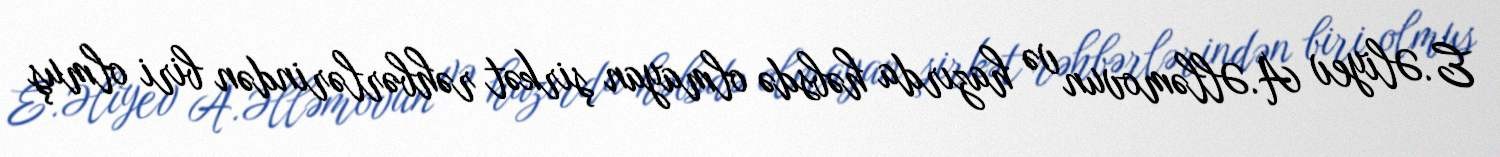
E.Əliyev A.Əlləmovun və hazırda həbsdə olmayan şirkət rəhbərlərindən biri olmuş